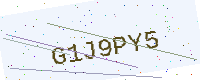
Text: G1J9PY5